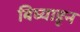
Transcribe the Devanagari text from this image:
बिघ्याहून